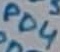
Text: PD4